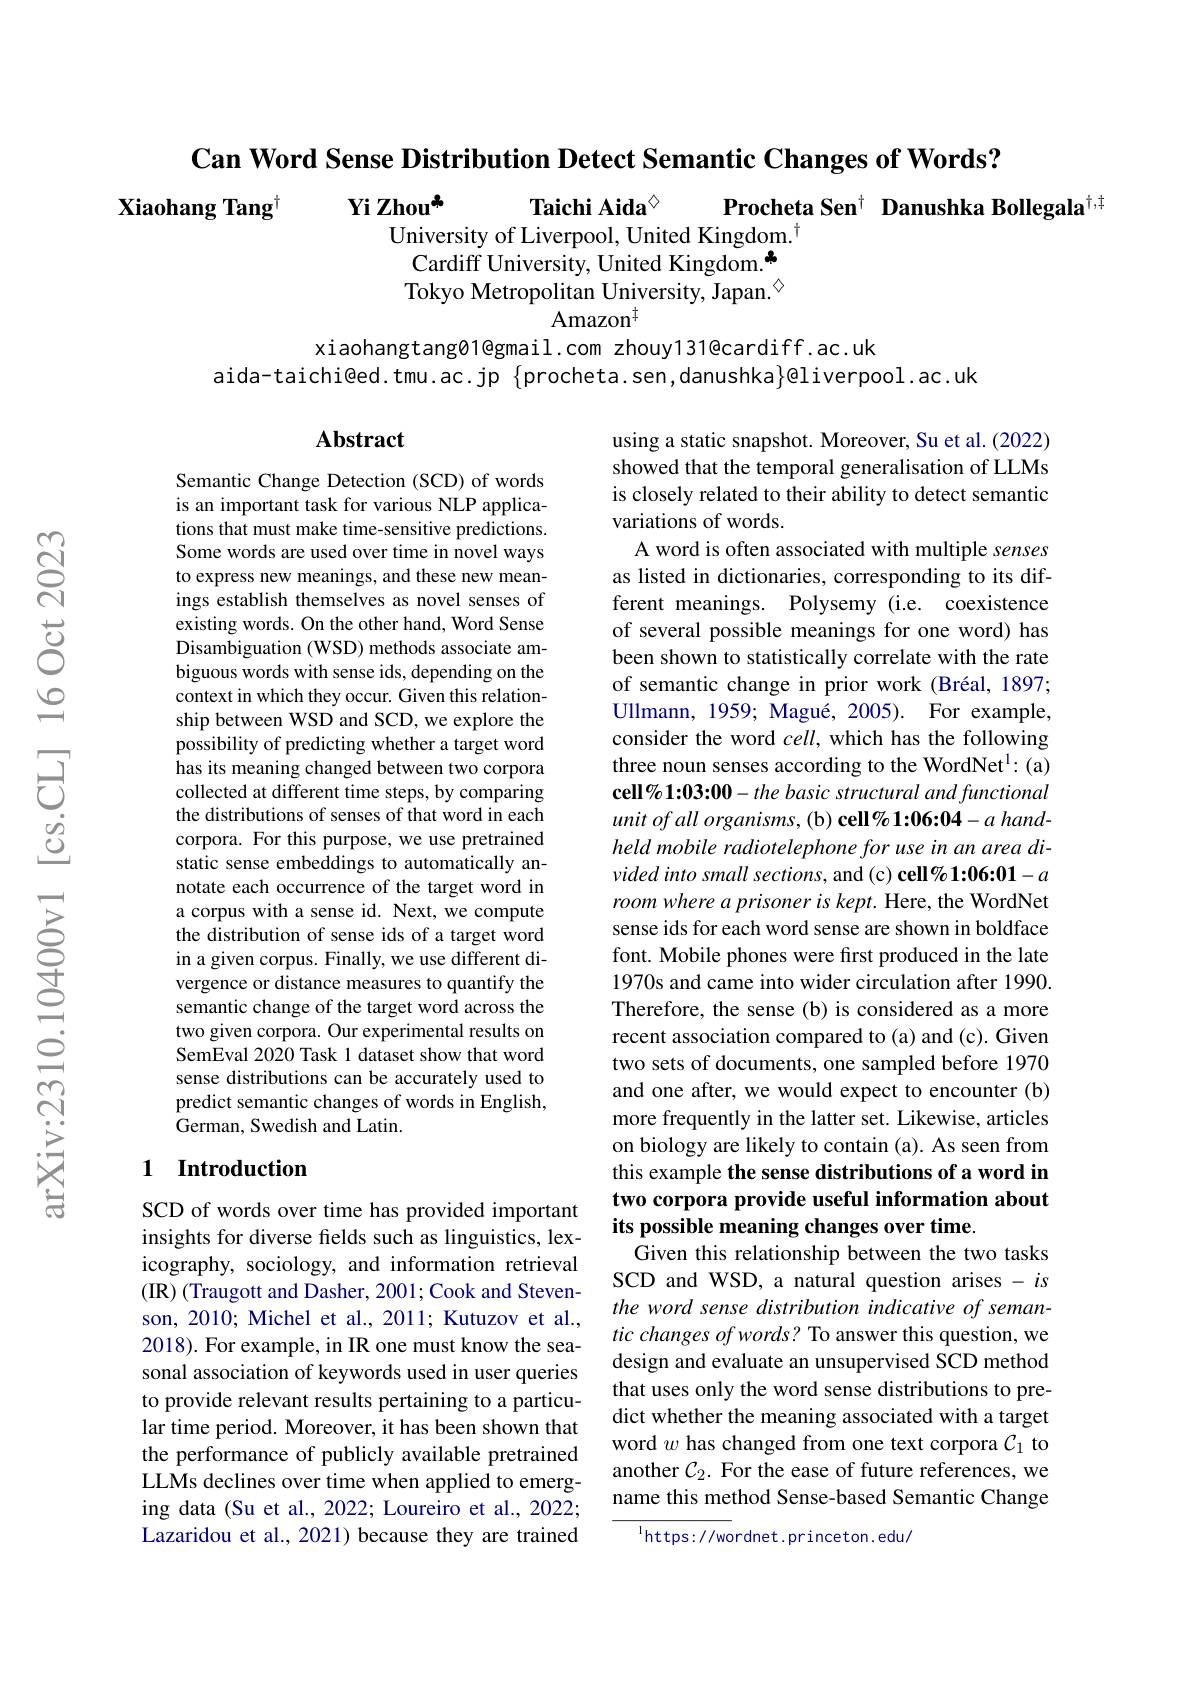
Can Word Sense Distribution Detect Semantic Changes of Words?

Procheta Sen$^{\dagger}$ Danushka Bollegala$^{\dagger,\dagger}$

Xiaohang Tang$^{\dagger}$ Yi Zhou$^{*}$

Taichi Aida$^{\diamond}$
University of Liverpool, United Kingdom.$^{\dagger}$ Cardiff University, United Kingdom.* Tokyo Metropolitan University, Japan.$^{\textcircled{\mathrm{m}}}$
Amazon$^{\dagger}$

xiaohangtang01@gmail.com zhouy131@cardiff.ac.uk
aida-taichi@ed.tmu.ac.jp $\{$procheta.sen,danushka$\}$@liverpool.ac.uk

## Abstract

Semantic Change Detection (SCD) of words is an important task for various NLP applications that must make time-sensitive predictions. Some words are used over time in novel ways to express new meanings, and these new meanings establish themselves as novel senses of existing words. On the other hand, Word Sense Disambiguation (WSD) methods associate ambiguous words with sense ids, depending on the context in which they occur. Given this relationship between WSD and SCD, we explore the possibility of predicting whether a target word has its meaning changed between two corpora collected at different time steps, by comparing the distributions of senses of that word in each corpora. For this purpose, we use pretrained static sense embeddings to automatically annotate each occurrence of the target word in a corpus with a sense id. Next, we compute the distribution of sense ids of a target word in a given corpus. Finally, we use different divergence or distance measures to quantify the semantic change of the target word across the two given corpora. Our experimental results on SemEval 2020 Task 1 dataset show that word sense distributions can be accurately used to predict semantic changes of words in English, ${\mathrm{German,~Swedish~and~Latin.}}$

using a static snapshot. Moreover, Su et al. (2022) showed that the temporal generalisation of LLMs is closely related to their ability to detect semantic variations of words.
A word is often associated with multiple senses as listed in dictionaries, corresponding to its different meanings. Polysemy (i.e. coexistence of several possible meanings for one word) has been shown to statistically correlate with the rate of semantic change in prior work (Bréal, 1897; Ullmann, 1959; Magué, 2005). For example, consider the word $cell$, which has the following three noun senses according to the WordNet$^{\mathrm{l} }: ($a) cell%1:03:00-the basic structural and functional $unitofallorganisms, ( b) \textbf{ cell\% 1: 06: 04}- ahand-$ held mobile radiotelephone for use in an area divided into small sections, and (c) cell% 1:06:01-a room where a prisoner is kept. Here, the WordNet sense ids for each word sense are shown in boldface font. Mobile phones were first produced in the late 1970s and came into wider circulation after 1990. Therefore, the sense(b) is considered as a more recent association compared to (a) and (c). Given two sets of documents, one sampled before 1970 and one after, we would expect to encounter (b) more frequently in the latter set. Likewise, articles on biology are likely to contain (a). As seen from this example the sense distributions of a word in two corpora provide useful information about its possible meaning changes over time.
Given this relationship between the two tasks SCD and WSD, a natural question arises $-is$ the word sense distribution indicative of semantic changes of words? To answer this question, we design and evaluate an unsupervised SCD method that uses only the word sense distributions to predict whether the meaning associated with a target word $w$ has changed from one text corpora $\mathcal{C}_1$ to another $\mathcal{C}_2.$ For the ease of future references, we name this method Sense-based Semantic Change
$^{\mathrm{l}}$https://wordnet.princeton.edu/

## 1 Introduction

SCD of words over time has provided important insights for diverse fields such as linguistics, lexicography, sociology, and information retrieval (IR) (Traugott and Dasher, 2001; Cook and Stevenson, 2010; Michel et al., 2011; Kutuzov et al., 2018). For example, in IR one must know the seasonal association of keywords used in user queries to provide relevant results pertaining to a particular time period. Moreover, it has been shown that the performance of publicly available pretrained LLMs declines over time when applied to emerging data (Su et al., 2022; Loureiro et al., 2022; Lazaridou et al., 2021) because they are trained